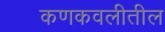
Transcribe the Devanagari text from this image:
कणकवलीतील